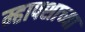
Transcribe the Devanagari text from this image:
म्हापशाच्या